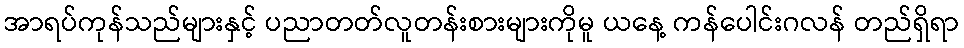
အာရပ်ကုန်သည်များနှင့် ပညာတတ်လူတန်းစားများကိုမူ ယနေ့ ကန်ပေါင်းဂလန် တည်ရှိရာ